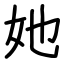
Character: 她